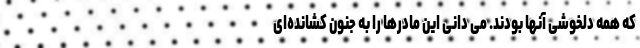
که همه دلخوشی آنها بودند. می دانی این مادرها را به جنون کشانده‌ای